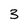
Character: 3